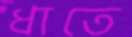
ধাতে